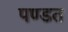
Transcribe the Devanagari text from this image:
पण्डत